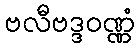
ဗလီဗဒ္ဒဝဏ္ဏံ